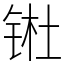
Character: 𬭊